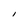
Character: I